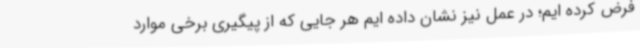
فرض کرده ایم؛ در عمل نیز نشان داده ایم هر جایی که از پیگیری برخی موارد